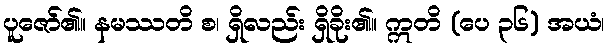
ပူဇော်၏။ နမဿတိ စ၊ ရှိလည်း ရှိခိုး၏။ ဣတိ (ပေ ၃၆) အယံ၊